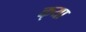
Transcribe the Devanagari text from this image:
क्‌या